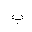
Letter: _ba